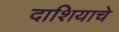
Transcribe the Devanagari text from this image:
दाशियाचे